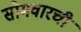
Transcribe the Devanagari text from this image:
सोमवारची